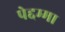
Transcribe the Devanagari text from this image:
पेद्दम्मा